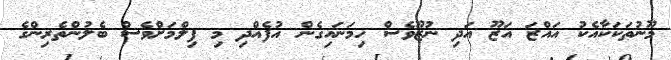
މޫނުތަކަކާއެކު އައްޒަ އަޒޫ އަދި ނުޒޫވެސް ހިމަނައިގެން އުފެއްދި މި ފިލްމަށްވެސް ބެލުންތެރިންގެ